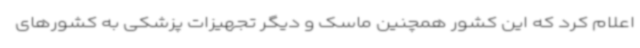
اعلام کرد که این کشور همچنین ماسک و دیگر تجهیزات پزشکی به کشورهای